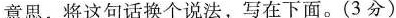
意思，将这句话换个说法，写在下面。(3分)